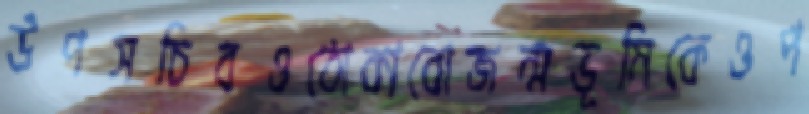
উপসচিবওঠোকাবোজন্মভূমিকেওপ